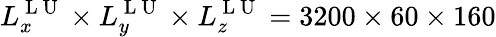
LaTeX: L_{x}^{\mathrm{~L~U~}}\times L_{y}^{\mathrm{~L~U~}}\times L_{z}^{\mathrm{~L~U~}}=3200\times 60\times 160